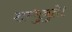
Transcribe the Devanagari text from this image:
शम्भुनुते।